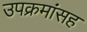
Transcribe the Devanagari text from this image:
उपक्रमांसह